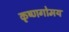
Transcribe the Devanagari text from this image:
कृष्णगोमय